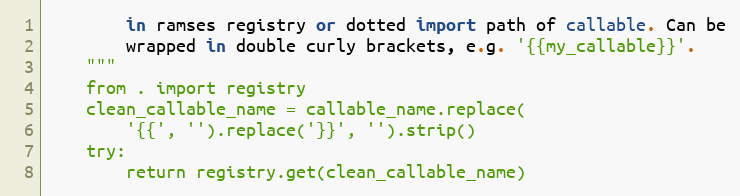
Language: Python
        in ramses registry or dotted import path of callable. Can be
        wrapped in double curly brackets, e.g. '{{my_callable}}'.
    """
    from . import registry
    clean_callable_name = callable_name.replace(
        '{{', '').replace('}}', '').strip()
    try:
        return registry.get(clean_callable_name)